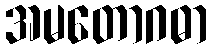
အမတောဂဓာ